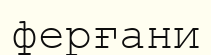
ферғани